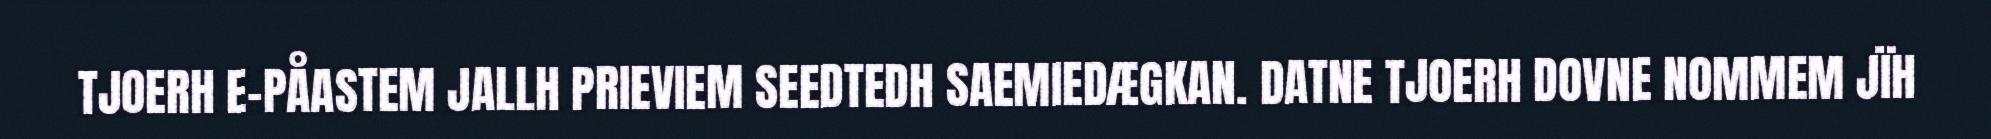
TJOERH E-PÅASTEM JALLH PRIEVIEM SEEDTEDH SAEMIEDÆGKAN. DATNE TJOERH DOVNE NOMMEM JÏH